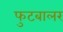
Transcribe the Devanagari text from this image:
फुटबालर